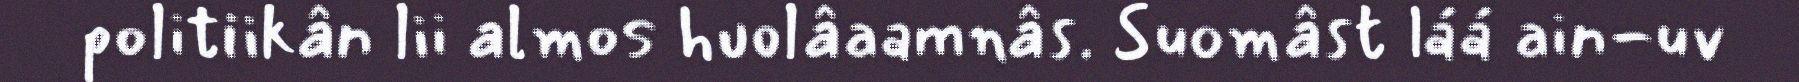
politiikân lii almos huolâaamnâs. Suomâst láá ain-uv